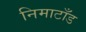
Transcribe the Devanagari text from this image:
निमाटाँड